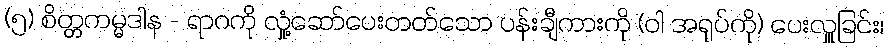
(၅) စိတ္တကမ္မဒါန - ရာဂကို လှုံ့ဆော်ပေးတတ်သော ပန်းချီကားကို (ဝါ အရုပ်ကို) ပေးလှူခြင်း၊